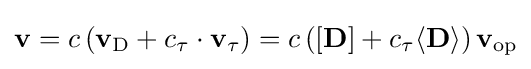
\mathbf {v} =c\left(\mathbf {v} _{\textrm {D}}+c_{\tau }\cdot \mathbf {v} _{\tau }\right)=c\left(\left[\mathbf {D} \right]+c_{\tau }\langle \mathbf {D} \rangle \right)\mathbf {v} _{\textrm {op}}